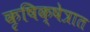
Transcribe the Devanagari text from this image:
कृषिक्षेत्रात